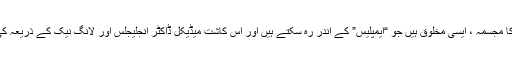
لٹلز ، درد کا مجسمہ ، ایسی مخلوق ہیں جو “ایمپلیس” کے اندر رہ سکتے ہیں اور اس کاشت میڈیکل ڈاکٹر انجلیجلس اور لانگ نیک کے ذریعہ کی گئی تھی۔